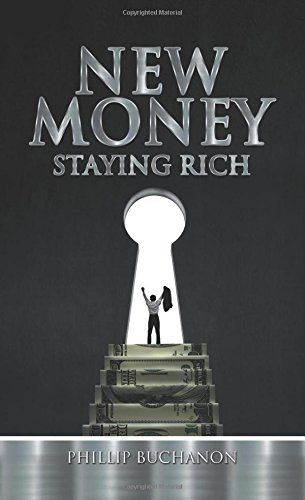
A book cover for New Money: Staying Rich; Phillip Buchanon; Business & Money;